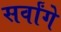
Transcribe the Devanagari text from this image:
सर्वांगे